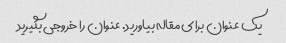
یک عنوان برای مقاله بیاورید. عنوان را خروجی بگیرید